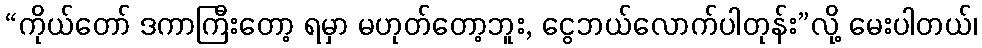
“ကိုယ်တော် ဒကာကြီးတော့ ရမှာ မဟုတ်တော့ဘူး, ငွေဘယ်လောက်ပါတုန်း”လို့ မေးပါတယ်၊